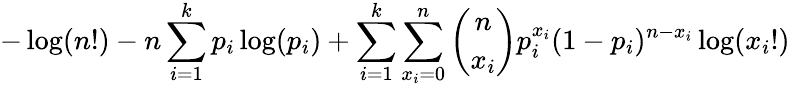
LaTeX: -\log(n!)-n\sum_{i=1}^{k}p_{i}\log(p_{i})+\sum_{i=1}^{k}\sum_{x_{i}=0}^{n}{\binom{n}{x_{i}}}p_{i}^{x_{i}}(1-p_{i})^{n-x_{i}}\log(x_{i}!)